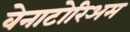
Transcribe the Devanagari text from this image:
वेनाटोरिअम